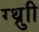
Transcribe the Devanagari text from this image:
ग्थ्रुाी